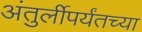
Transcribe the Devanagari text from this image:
अंतुर्लीपर्यंतच्या